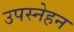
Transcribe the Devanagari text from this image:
उपस्नेहन